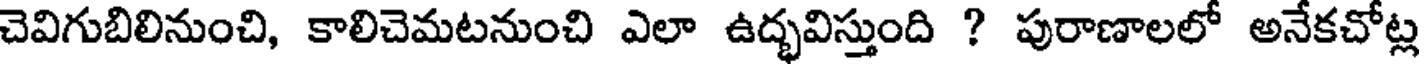
చెవిగుబిలినుంచి, కాలిచెమటనుంచి ఎలా ఉద్భవిస్తుంది ? పురాణాలలో అనేకచోట్ల